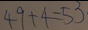
4 9 + 4 = 5 3